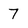
Character: 7